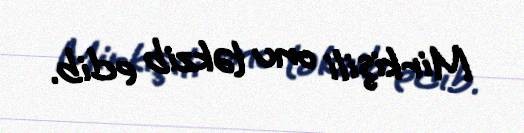
Mirkişili onu təkzib edib.